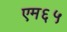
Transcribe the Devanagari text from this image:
एम६५